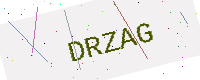
Text: DRZAG